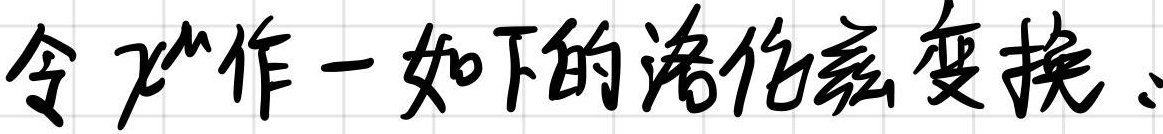
令作一如下的洛伦兹变换：